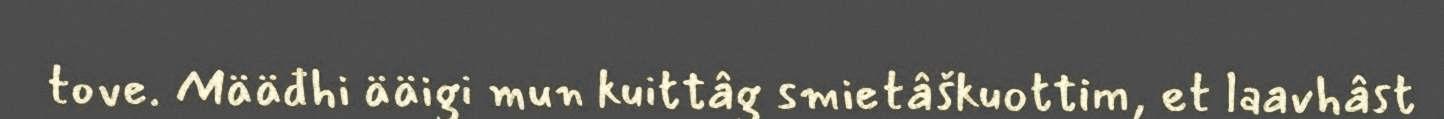
tove. Määđhi ääigi mun kuittâg smietâškuottim, et laavhâst